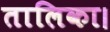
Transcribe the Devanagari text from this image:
तालिका।